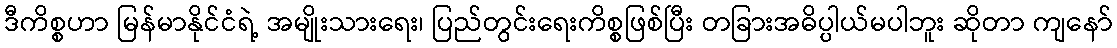
ဒီကိစ္စဟာ မြန်မာနိုင်ငံရဲ့ အမျိုးသားရေး၊ ပြည်တွင်းရေးကိစ္စဖြစ်ပြီး တခြားအဓိပ္ပါယ်မပါဘူး ဆိုတာ ကျနော်